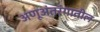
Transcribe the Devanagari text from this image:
अणूअंतरंगातील